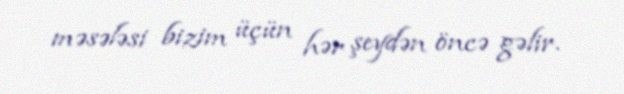
məsələsi bizim üçün hər şeydən öncə gəlir.